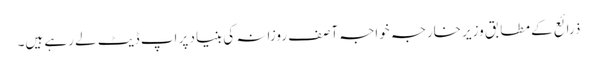
ذرائع کے مطابق وزیر خارجہ خواجہ آصف روزانہ کی بنیاد پر اپ ڈیٹ لے رہے ہیں۔